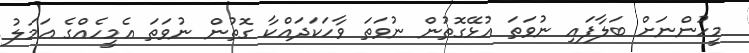
މީހުންނަށް ބަލާފައި ނުވަތަ އުޅޭގޮތުން ނުވަތަ ވާހަކަދައްކާ ގޮތުން ނުވަތަ އެމީހެއްގެ ޢަމަލު